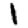
Digit: 1